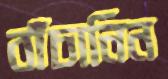
বাঁচানিন